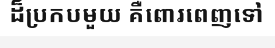
ដ៏ប្រកបមួយ គឺពោរពេញទៅ